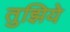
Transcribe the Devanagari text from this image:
तुझिये